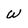
Character: w